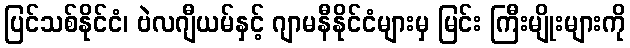
ပြင်သစ်နိုင်ငံ၊ ဗဲလဂျီယမ်နှင့် ဂျာမနီနိုင်ငံများမှ မြင်း ကြီးမျိုးများကို